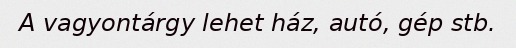
A vagyontárgy lehet ház, autó, gép stb.